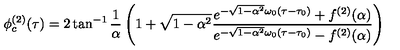
\phi _ { c } ^ { ( 2 ) } ( \tau ) = 2 \tan ^ { - 1 } \frac { 1 } { \alpha } \left( 1 + \sqrt { 1 - \alpha ^ { 2 } } { \frac { e ^ { - \sqrt { 1 - \alpha ^ { 2 } } \omega _ { 0 } ( \tau - \tau _ { 0 } ) } + f ^ { ( 2 ) } ( \alpha ) } { e ^ { - \sqrt { 1 - \alpha ^ { 2 } } \omega _ { 0 } ( \tau - \tau _ { 0 } ) } - f ^ { ( 2 ) } ( \alpha ) } } \right)